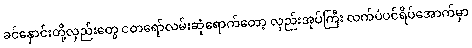
ခင်နှောင်းတို့လှည်းတွေ ငတရော်လမ်းဆုံရောက်တော့ လှည်းအုပ်ကြီး လက်ပံပင်ရိပ်အောက်မှာ